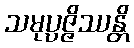
သမုပ္ပဇ္ဇိဿန္တိ